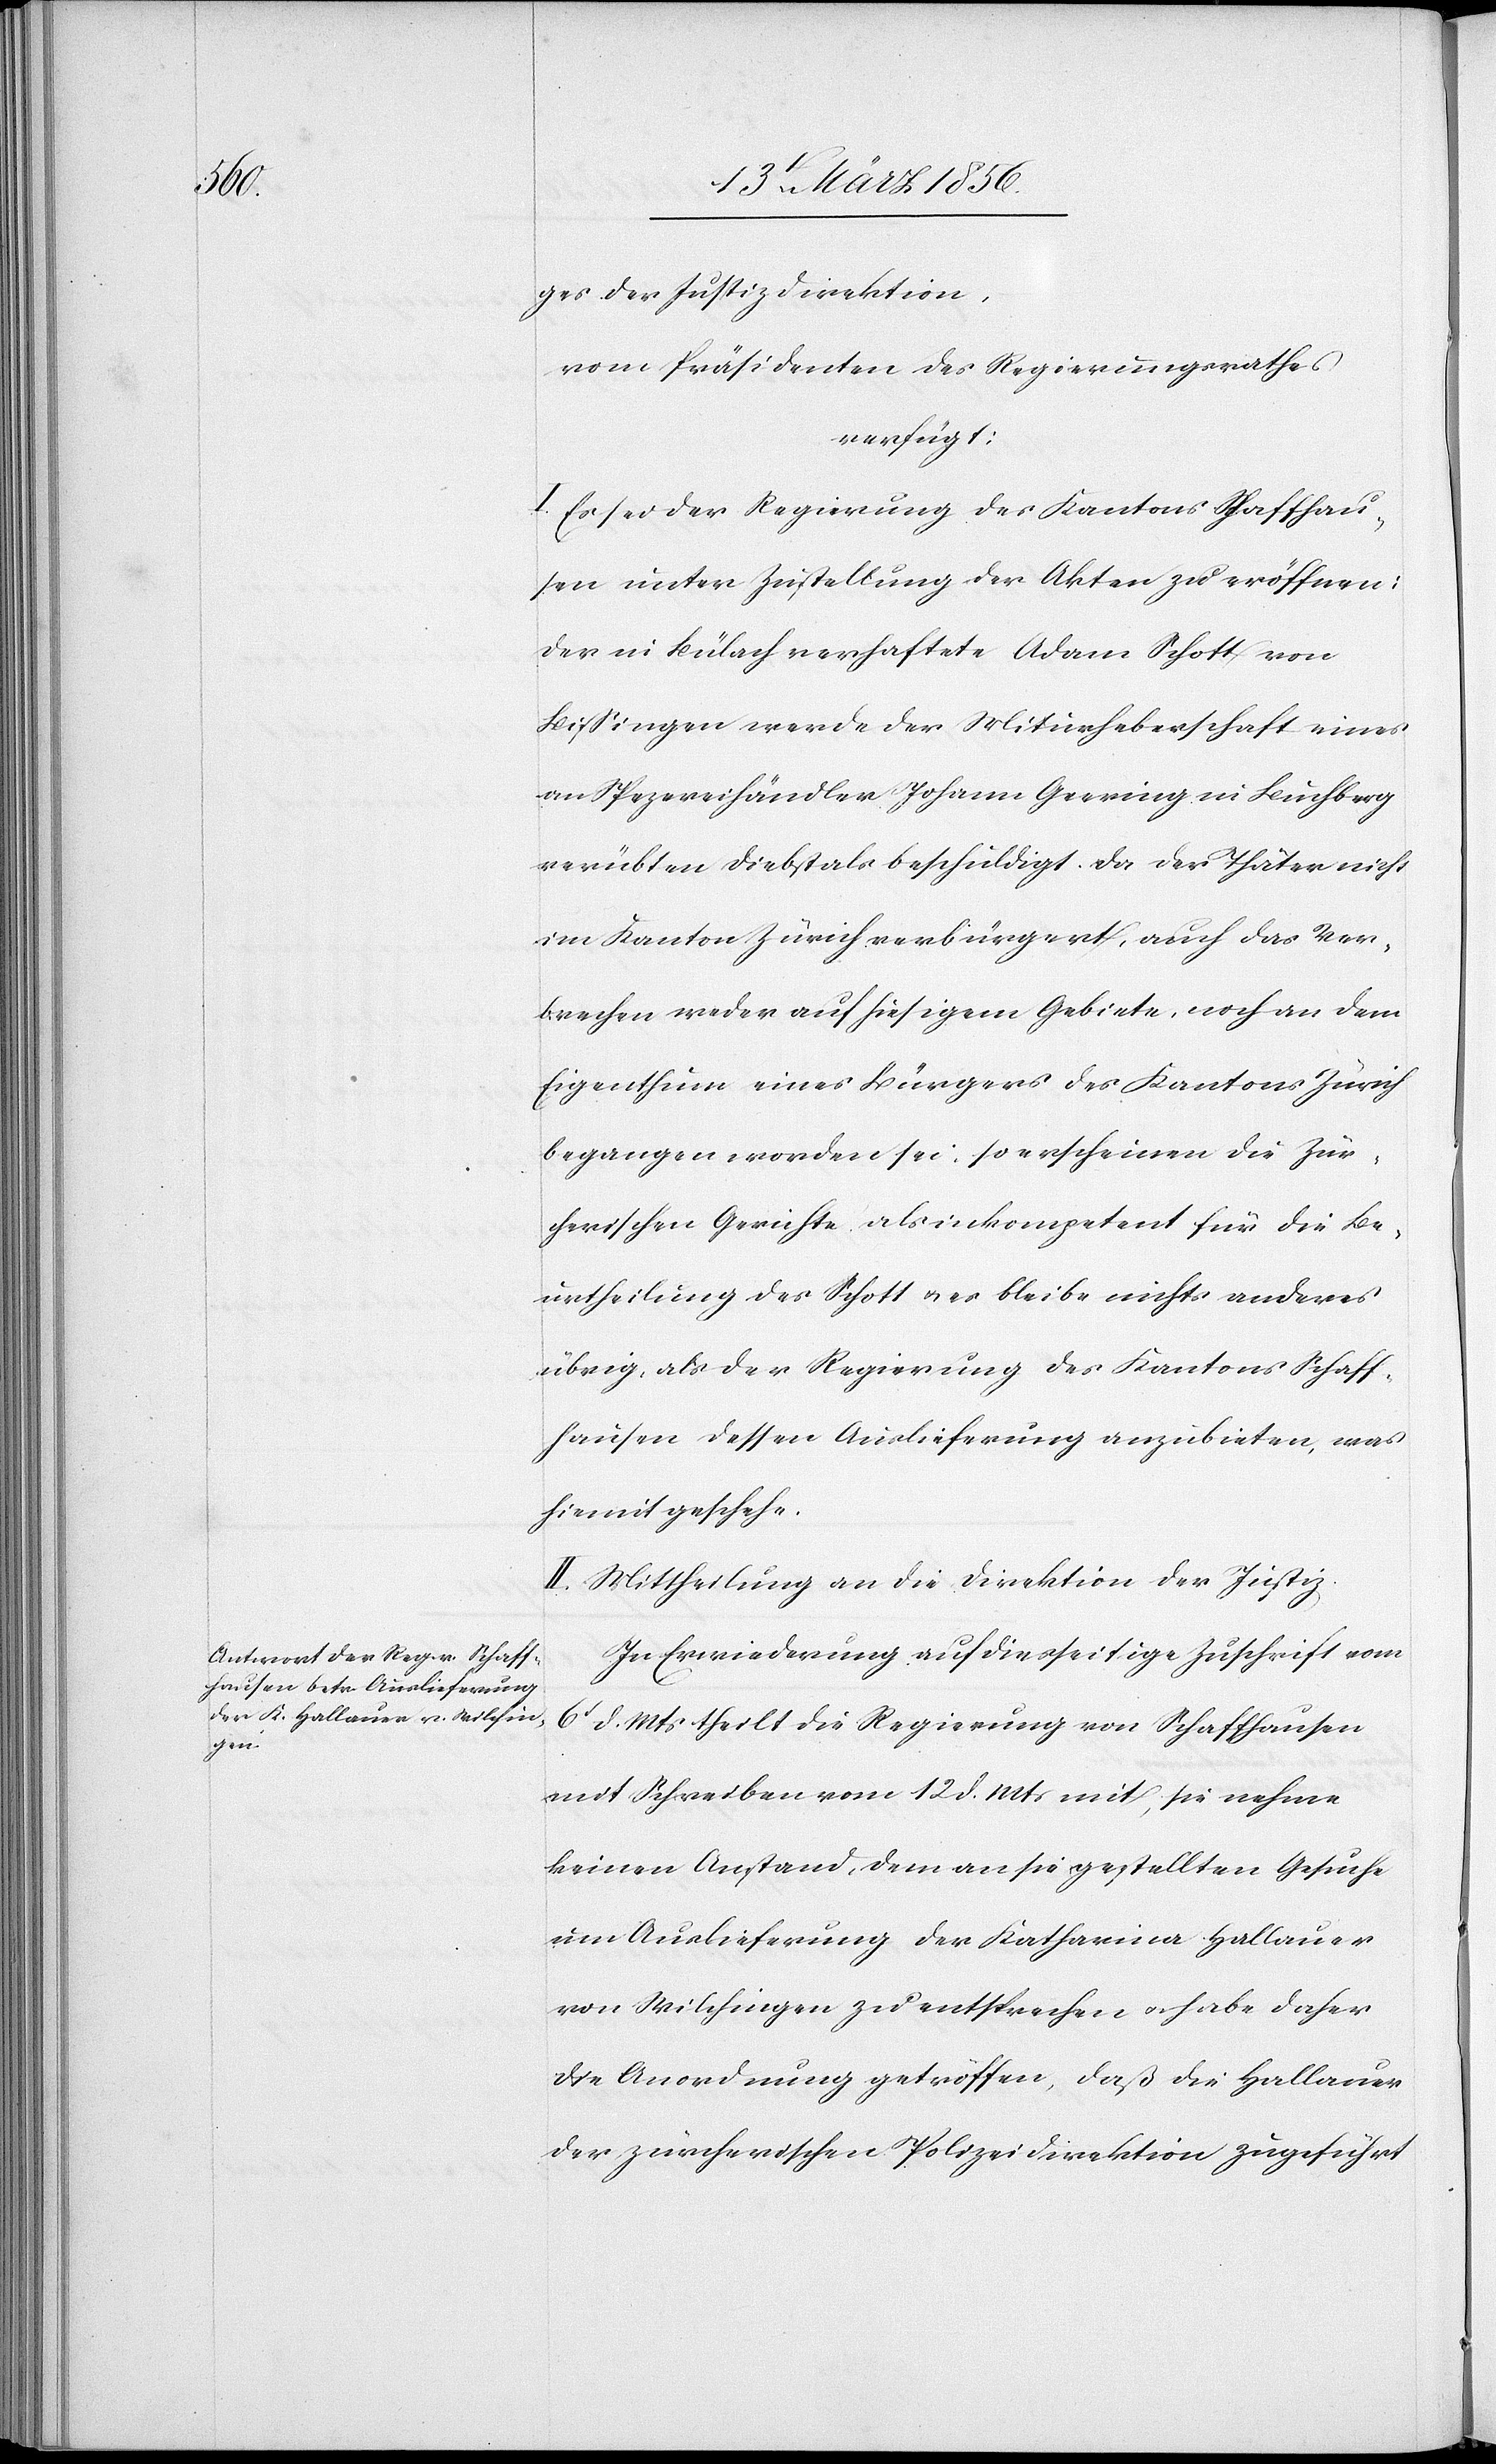
den

14t März 1856.]
ges der Justizdirektion,
vom Präsidenten des Regierungsrathes
verfügt:
I. Es sei der Regierung des Kantons Schaffhau¬
sen unter Zustellung der Akten zu eröffnen:
der in Bülach verhaftete Adam Schott von
Bißingen werde der Miturheberschaft eines
an Spezereihändler Johann Geering in Buchberg
verübten Diebstals beschuldigt. Da der Thäter nicht
im Kanton Zürich verbürgert, auch das Ver¬
brechen weder auf hiesigem Gebiete, noch an dem
Eigenthum eines Bürgers des Kantons Zürich
begangen worden sei, so erscheinen die Zür¬
cherischen Gerichte als inkompetent für die Be¬
urtheilung des Schott u. es bleibe nichts anderes
übrig, als der Regierung des Kantons Schaff¬
hausen dessen Auslieferung anzubieten, was
hiemit geschehe.
II. Mittheilung an die Direktion der Justiz.
In Erwiederung auf diesseitige Zuschrift vom
6t d. Mts theilt die Regierung von Schaffhausen
mit Schreiben vom 12 d. Mts mit, sie nehme
keinen Anstand, dem an sie gestellten Gesuche
um Auslieferung der Katharina Hallauer
von Wilchingen zu entsprechen u. habe daher
die Anordnung getroffen, daß die Hallauer
der zürcherischen Polizeidirektion zugeführt